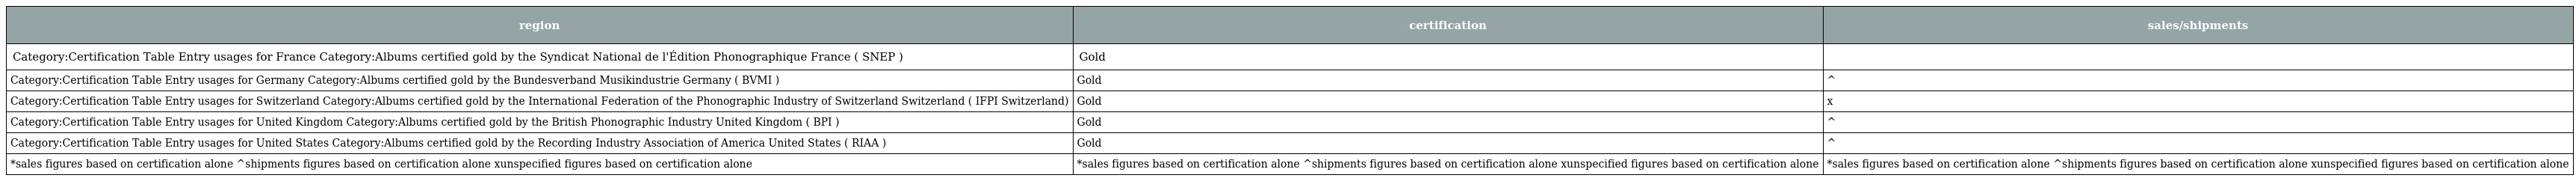
| region | certification | sales/shipments |
 | --- | --- | --- |
 | Category:Certification Table Entry usages for France Category:Albums certified gold by the Syndicat National de l'Édition Phonographique France ( SNEP ) | Gold |  |
 | Category:Certification Table Entry usages for Germany Category:Albums certified gold by the Bundesverband Musikindustrie Germany ( BVMI ) | Gold | ^ |
 | Category:Certification Table Entry usages for Switzerland Category:Albums certified gold by the International Federation of the Phonographic Industry of Switzerland Switzerland ( IFPI Switzerland) | Gold | x |
 | Category:Certification Table Entry usages for United Kingdom Category:Albums certified gold by the British Phonographic Industry United Kingdom ( BPI ) | Gold | ^ |
 | Category:Certification Table Entry usages for United States Category:Albums certified gold by the Recording Industry Association of America United States ( RIAA ) | Gold | ^ |
 | *sales figures based on certification alone ^shipments figures based on certification alone xunspecified figures based on certification alone | *sales figures based on certification alone ^shipments figures based on certification alone xunspecified figures based on certification alone | *sales figures based on certification alone ^shipments figures based on certification alone xunspecified figures based on certification alone |